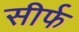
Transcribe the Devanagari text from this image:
सीर्फ